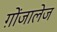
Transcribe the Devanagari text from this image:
ग़ोंजालेज